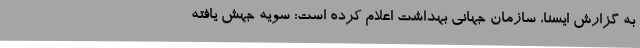
به گزارش ایسنا، سازمان جهانی بهداشت اعلام کرده است: سویه جهش یافته